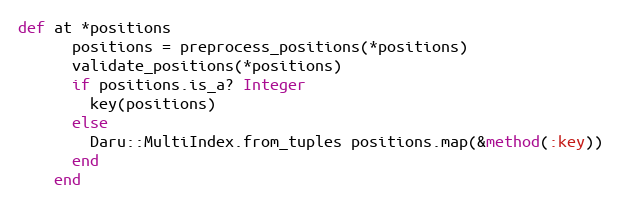
Language: Ruby
def at *positions
      positions = preprocess_positions(*positions)
      validate_positions(*positions)
      if positions.is_a? Integer
        key(positions)
      else
        Daru::MultiIndex.from_tuples positions.map(&method(:key))
      end
    end